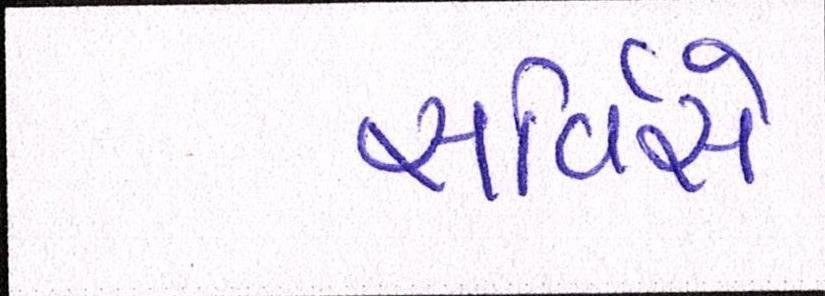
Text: સર્વિસે